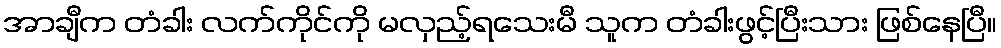
အာချီက တံခါး လက်ကိုင်ကို မလှည့်ရသေးမီ သူက တံခါးဖွင့်ပြီးသား ဖြစ်နေပြီ။